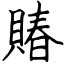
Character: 賰